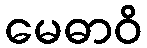
မေဓာဝိ